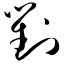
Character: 对